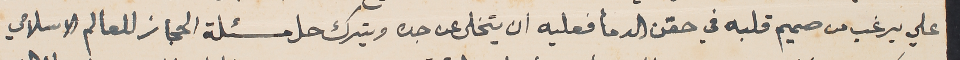
علي يرغب من صميم قلبه في حقن الدمأ فعليه ان يتخلى عن جده ويترك حل مسئلة الحجاز للعالم الاسلامي